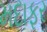
મદાફર